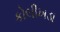
કોલીખડા